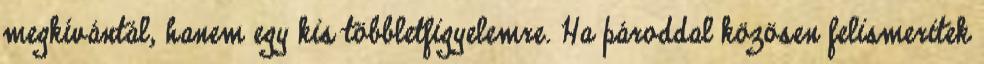
megkívántál, hanem egy kis többletfigyelemre. Ha pároddal közösen felismeritek